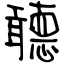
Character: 聼